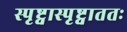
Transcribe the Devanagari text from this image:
स्पृष्ट्वास्पृष्ट्वाततः